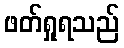
ဖတ်ရှုရသည်